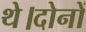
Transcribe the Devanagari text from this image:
थे।दोनों